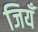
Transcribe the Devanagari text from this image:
जियँ